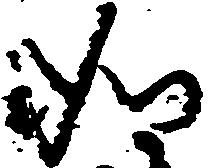
如